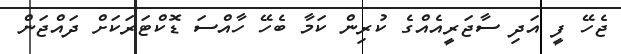
ޖެހޭ ފީ އަދި ސާޖަރީއެއްގެ ކުރިން ކަމާ ބެހޭ ހާއްސަ ޑޮކްޓަރަަކަށް ދައްޖަން